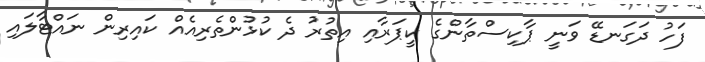
ފަހު ދަގަނޑޭ ވަނީ ޕާކިސްތާންގެ ކީޕަރާއި އިތުރު ދެ ކުޅުންތެރިއެއް ކައިރިން ނައްޓާލައި